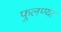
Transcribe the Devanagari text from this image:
फुलण्या